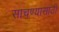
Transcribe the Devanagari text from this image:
साचण्यासाठी